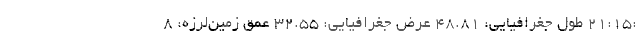
:21:15 طول جغرافیایی: 48.81 عرض جغرافیایی: 32.55 عمق زمین‌لرزه: 8